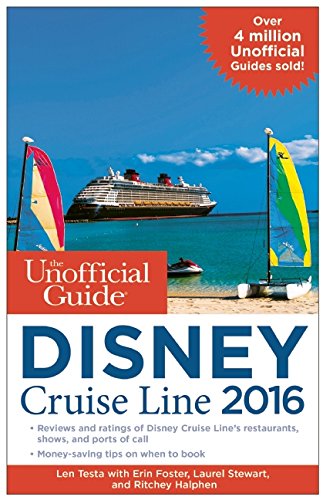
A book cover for The Unofficial Guide to the Disney Cruise Line 2016; Len Testa; Parenting & Relationships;